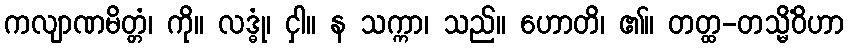
ကလျာဏမိတ္တံ၊ ကို။ လဒ္ဓုံ၊ ငှါ။ န သက္ကာ၊ သည်။ ဟောတိ၊ ၏။ တတ္ထ-တသ္မိံဝိဟာ